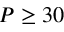
P \geq 3 0